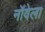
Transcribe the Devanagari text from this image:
नॉवेला